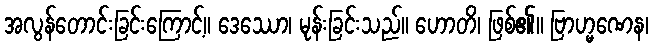
အလွန်တောင်းခြင်းကြောင့်။ ဒေဿော၊ မုန်းခြင်းသည်။ ဟောတိ၊ ဖြစ်၏။ ဗြာဟ္မဏေန၊